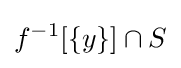
f^{-1}[\{y\}]\cap S